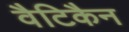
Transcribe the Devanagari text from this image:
वैटिकैन